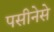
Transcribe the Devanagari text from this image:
पसीनेसे